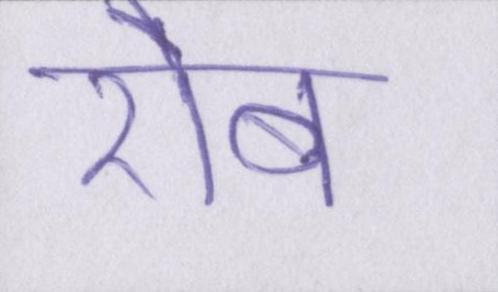
रौब